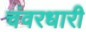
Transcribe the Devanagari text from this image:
चंवरधारी